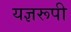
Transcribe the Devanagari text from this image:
यज्ञरूपी